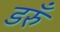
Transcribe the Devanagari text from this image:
डरुँ